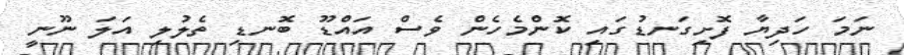
ނަމަ ހަދިޔާ ފޮށިގަނޑުގައި ކޮންމެހެން ވެސް އައްޑޫ ބޮނޑި ތެލުލި އަލަ ނޫނީ